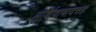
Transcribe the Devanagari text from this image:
मुर्शिदाबादसह